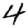
Digit: 4